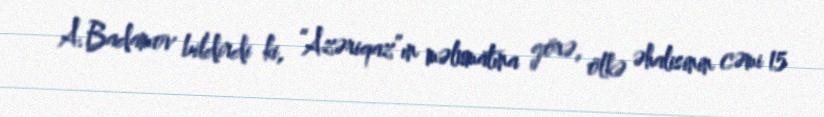
A.Badamov bildirdi ki, “Azəriqaz”ın məlumatına görə, ölkə əhalisinin cəmi 15